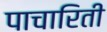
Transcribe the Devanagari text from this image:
पाचारिती